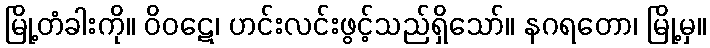
မြို့တံခါးကို။ ဝိဝဋေ၊ ဟင်းလင်းဖွင့်သည်ရှိသော်။ နဂရတော၊ မြို့မှ။